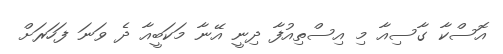
އޮސްކާ ގާސިއާ މި އިސްތިއުފާ ދިނީ އޭނާ މަކަބީއާ ދެ ވަނަ ފަހަރަށް